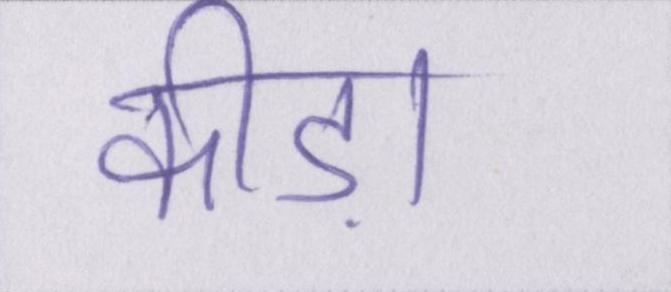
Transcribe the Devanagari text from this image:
कीड़ा